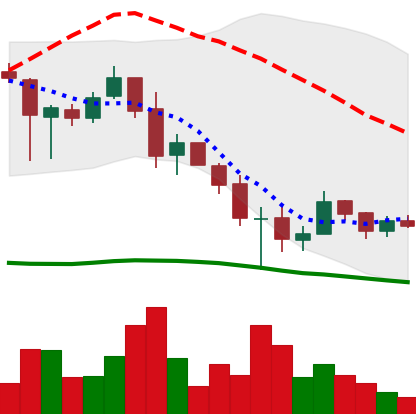
Ticker: XRP-USD
Chart end date: 2018-12-02
Forward return: -17.852%
Label: down_7plus